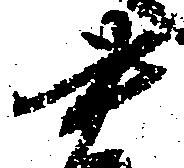
書